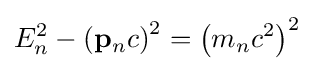
E_{n}^{2}-\left(\mathbf {p} _{n}c\right)^{2}=\left(m_{n}c^{2}\right)^{2}